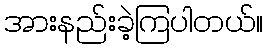
အားနည်းခဲ့ကြပါတယ်။